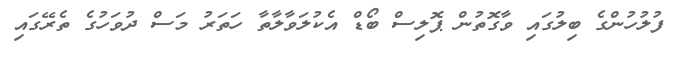
ފުލުހުންގެ ބިލުގައި ވާގޮތުން ޕޮލިސް ބޯޑް އެކުލަވާލާތާ ހަތަރު މަސް ދުވަހުގެ ތެރޭގައި